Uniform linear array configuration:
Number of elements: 24
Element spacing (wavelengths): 0.25
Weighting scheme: exponential
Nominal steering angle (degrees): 0
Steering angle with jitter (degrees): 0.2545
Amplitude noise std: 0.05
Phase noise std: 0.05

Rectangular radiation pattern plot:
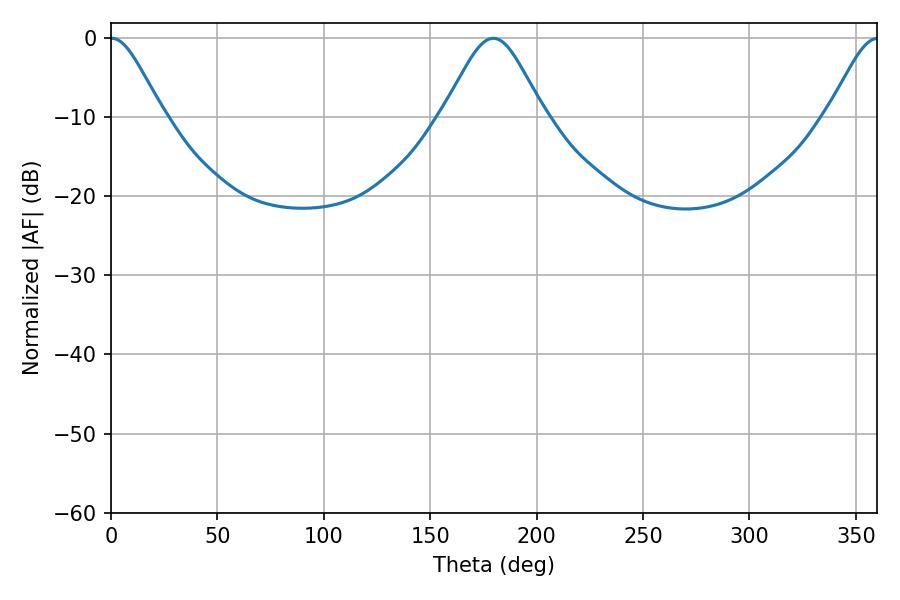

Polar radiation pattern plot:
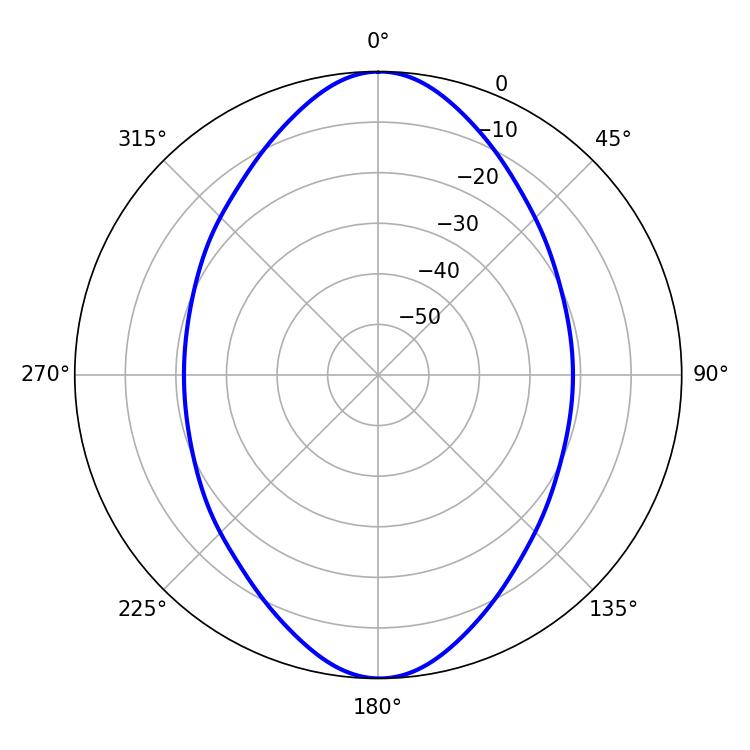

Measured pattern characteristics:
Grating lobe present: FALSE
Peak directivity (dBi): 26.645
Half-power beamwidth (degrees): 12.06
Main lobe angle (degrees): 0.36